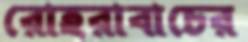
রোহরাবাচের